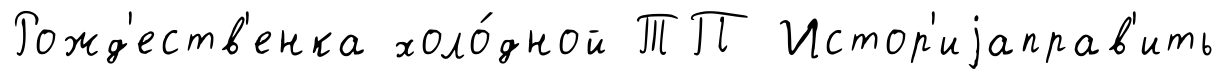
Рожд'еств'енка холо́дной ТП Истор'иjаправ'ить